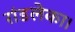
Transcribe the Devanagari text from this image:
रांडलेका।